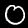
Digit: 0